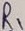
Text: R1